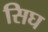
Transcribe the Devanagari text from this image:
सिघ